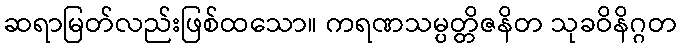
ဆရာမြတ်လည်းဖြစ်ထသော။ ကရဏသမ္ပတ္တိဇနိတ သုခဝိနိဂ္ဂတ